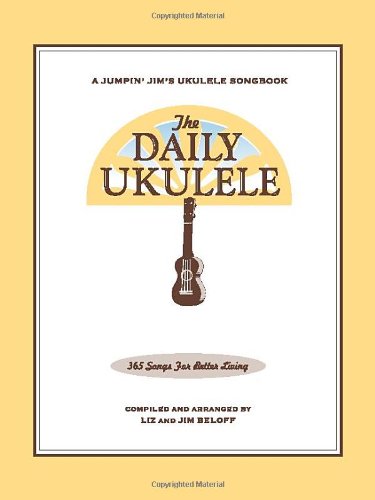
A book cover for The Daily Ukulele (Fakebook) (Jumpin' Jim's Ukulele Songbooks); Jim Beloff; Humor & Entertainment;